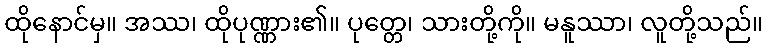
ထိုနောင်မှ။ အဿ၊ ထိုပုဏ္ဏား၏။ ပုတ္တေ၊ သားတို့ကို။ မနူဿာ၊ လူတို့သည်။